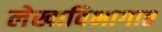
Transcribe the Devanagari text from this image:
लेखाविभागात